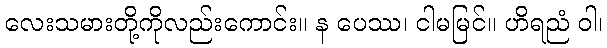
လေးသမားတို့ကိုလည်းကောင်း။ န ပေဿ၊ ငါမမြင်။ ဟိရညံ ဝါ၊